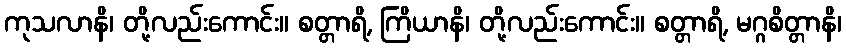
ကုသလာနိ၊ တို့လည်းကောင်း။ စတ္တာရိ, ကြိယာနိ၊ တို့လည်းကောင်း။ စတ္တာရိ, မဂ္ဂစိတ္တာနိ၊